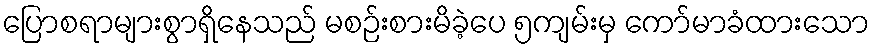
ပြောစရာများစွာရှိနေသည် မစဉ်းစားမိခဲ့ပေ ၅ကျမ်းမှ ကော်မာခံထားသော